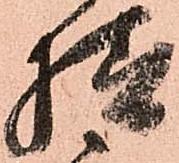
様